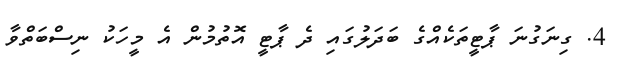
4. ގިނަގުނަ ޕާޓީތަކެއްގެ ބަދަލުގައި ދެ ޕާޓީ އޮތުމުން އެ މީހަކު ނިސްބަތްވާ